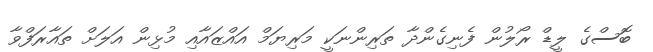
ބޮސްގެ ލީޑް ރޯލުން ފެނިގެންދާ ތަރިންނަކީ މަރިޔަމް އައްޒައާއި މުޅިން އަލަށް ތައާރަފްވާ